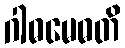
ဂါဓမေဓတိ